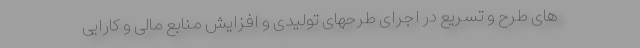
های طرح و تسریع در اجرای طرحهای تولیدی و افزایش منابع مالی و کارایی